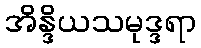
အိန္ဒိယသမုဒ္ဒရာ